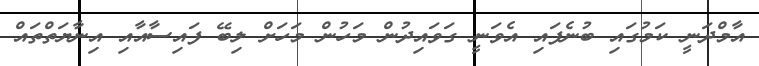
އާމްދަނީ ކަމުގައި ބުނެފައި އެވަނީ ގަވައިދުން މަހުން މަހަށް ލިބޭ ފައިސާއާއި އިނާޔަތްތައް